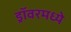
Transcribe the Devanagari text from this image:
ड्रॉवरमध्ये